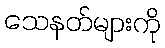
သေနတ်များကို